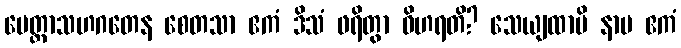
မေတ္တာသဟဂတေန စေတသာ ဧကံ ဒိသံ ဖရိတွာ ဝိဟရတိ? သေယျထာပိ နာမ ဧကံ